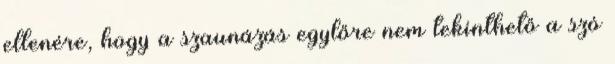
ellenére, hogy a szaunázás egylőre nem tekinthető a szó